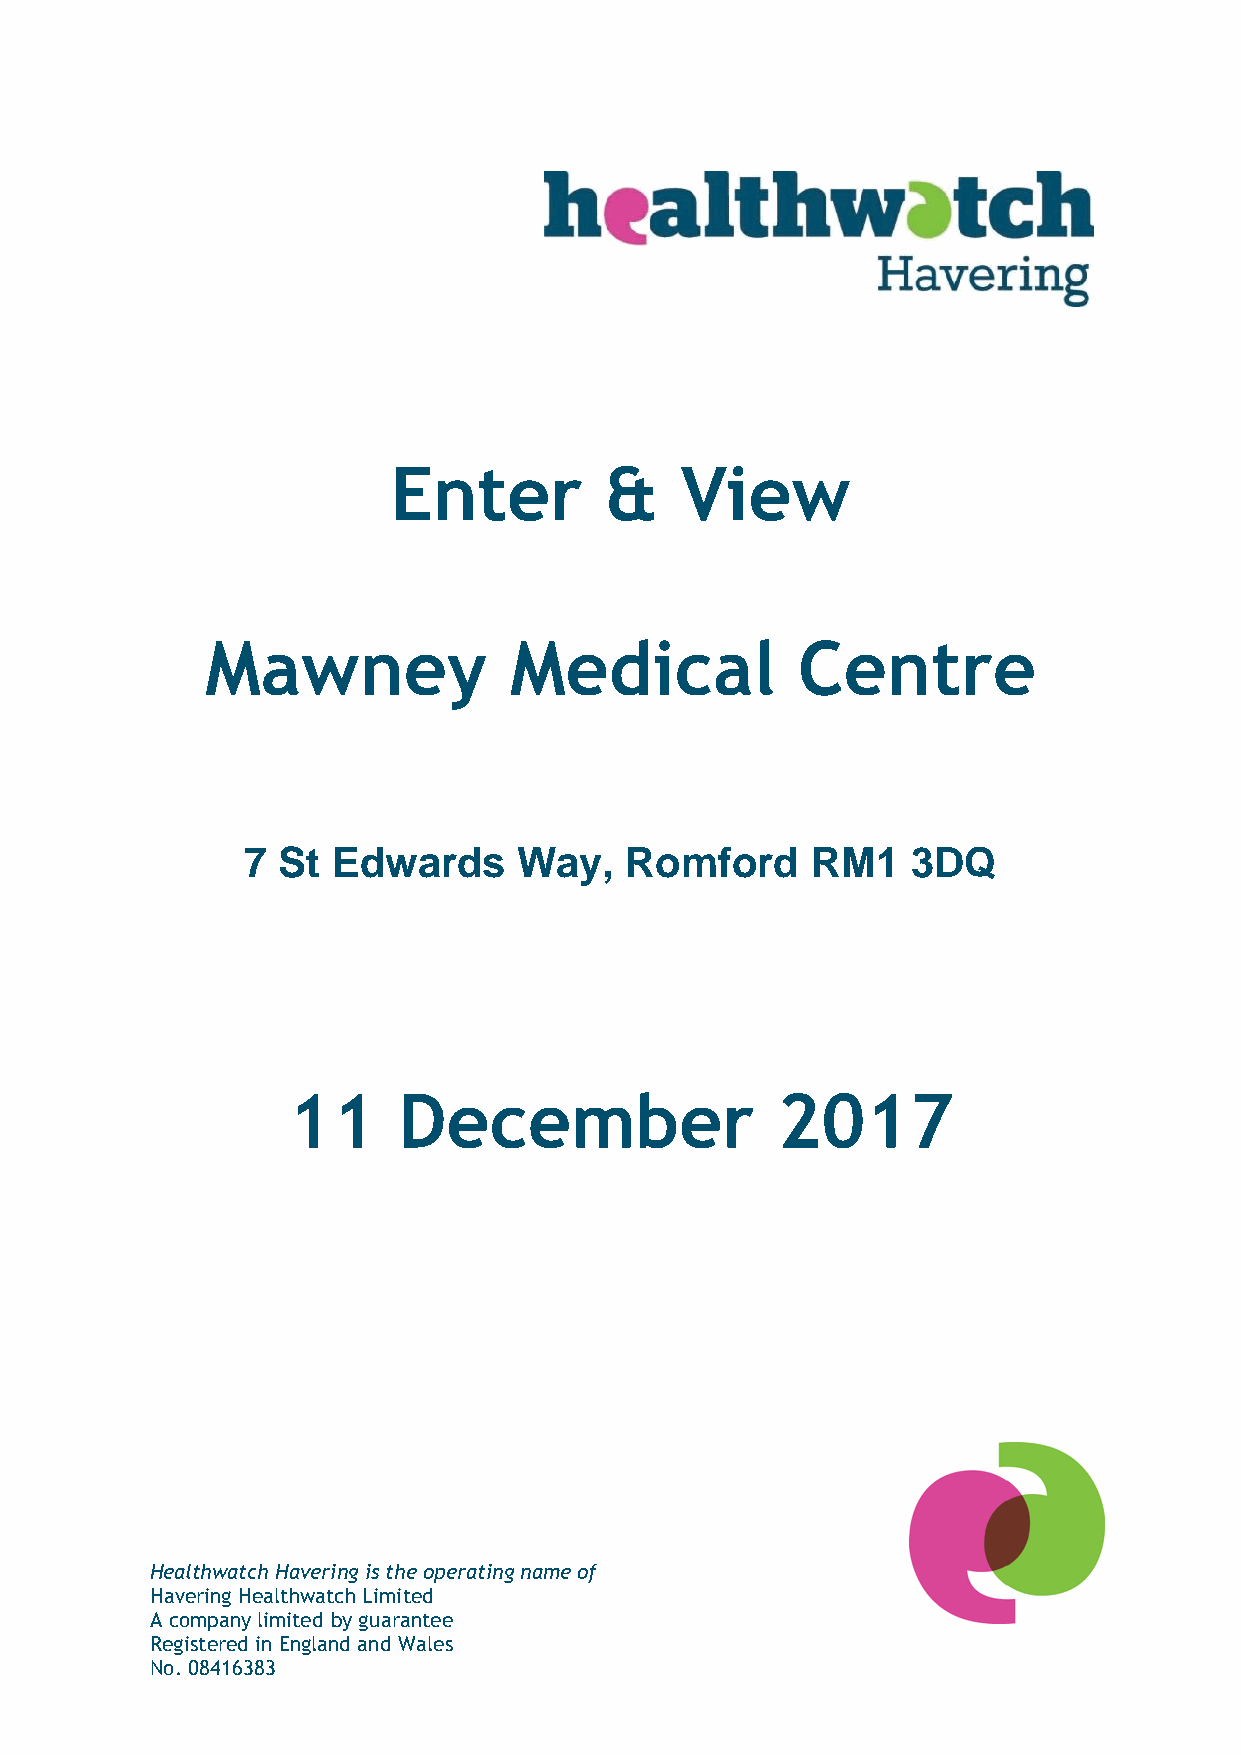
Enter         &    View
 Mawney              Medical            Centre
 7 St  Edwards     Way,   Romford      RM1   3DQ
 11     December                 2017
 Healthwatch Havering is the operating name of
 Havering Healthwatch Limited
 A company limited by guarantee
 Registered in England and Wales
 No. 08416383